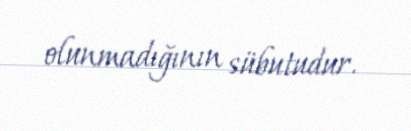
olunmadığının sübutudur.